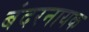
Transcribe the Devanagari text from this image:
बंदरनायक